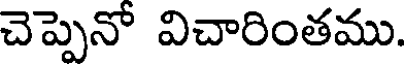
చెప్పెనో విచారింతము.